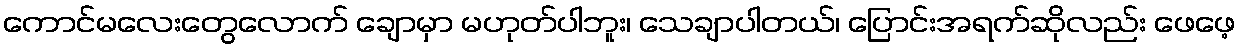
ကောင်မလေးတွေလောက် ချောမှာ မဟုတ်ပါဘူး၊ သေချာပါတယ်၊ ပြောင်းအရက်ဆိုလည်း ဖေဖေ့